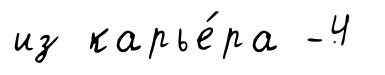
из карье́ра -4